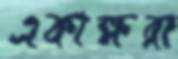
একাক্ষরা